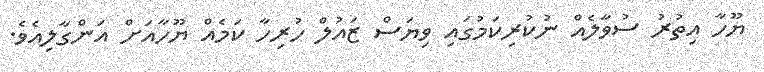
ޔޫހާ އިތުރު ސުވާލެއް ނުކުރިކަމުގައި ވިޔަސް ޒައުލް ހުރިހާ ކަމެއް ޔޫހާއަށް އަންގާލިއެވެ.